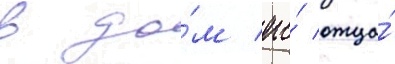
в до́м его́ отца́